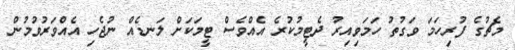
މެޗުގެ ފުރިހަމަ ވަގުތު ހަމަވިއިރު ދެޓީމުކުރެ އެއްވެސް ޓީމަކަށް ލަނޑެއް ނުޖެހި އެއްވަރުވުމުން